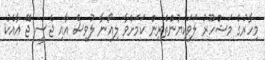
މިހާރުގެ މަޝްހޫރު ލަވަކިޔުންތެރިން ކަމަށްވާ ލިއޯނާ ލުވިސް އާއި ޖެސީ ޖޭ އާއެކު